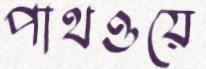
পাথওয়ে